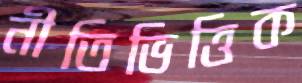
নীতিভিত্তিক